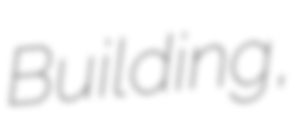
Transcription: Building,